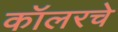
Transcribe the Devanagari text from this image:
कॉलरचे